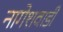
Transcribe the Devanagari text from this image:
नागेशवाडी